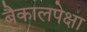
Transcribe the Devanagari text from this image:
बैकालपेक्षा